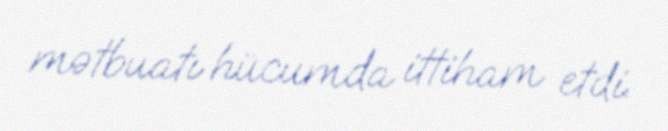
mətbuatı hücumda ittiham etdi.